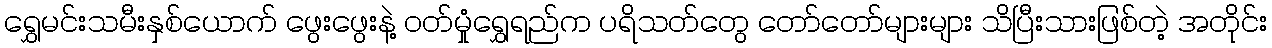
ရွှေမင်းသမီးနှစ်ယောက် ဖွေးဖွေးနဲ့ ဝတ်မှုံရွှေရည်က ပရိသတ်တွေ တော်တော်များများ သိပြီးသားဖြစ်တဲ့ အတိုင်း